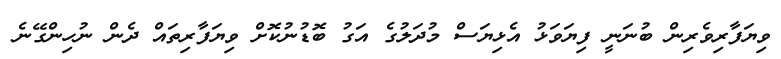
ވިޔަފާރިވެރިން ބުނަނީ ފިޔަވަޅު އެޅިޔަސް މުދަލުގެ އަގު ބޮޑުނުކޮށް ވިޔަފާރިތައް ދެން ނުހިންގޭނެ